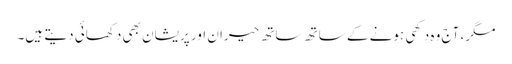
مگر، آج وہ دکھی ہونے کے ساتھ ساتھ حیران اور پریشان بھی دکھائی دیتے ہیں۔